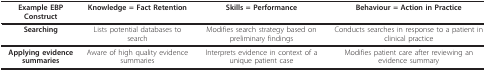
<table><thead><tr><td><b>Example EBP Construct</b></td><td><b>Knowledge = Fact Retention</b></td><td><b>Skills = Performance</b></td><td><b>Behaviour = Action in Practice</b></td></tr></thead><tbody><tr><td><b>Searching</b></td><td>Lists potential databases to search</td><td>Modifies search strategy based on preliminary findings</td><td>Conducts searches in response to a patient in clinical practice</td></tr><tr><td><b>Applying evidence summaries</b></td><td>Aware of high quality evidence summaries</td><td>Interprets evidence in context of a unique patient case</td><td>Modifies patient care after reviewing an evidence summary</td></tr></tbody></table>